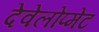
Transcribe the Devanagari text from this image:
देवेलोप्मेंट